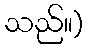
သည်။)